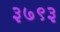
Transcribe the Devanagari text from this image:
३७९३